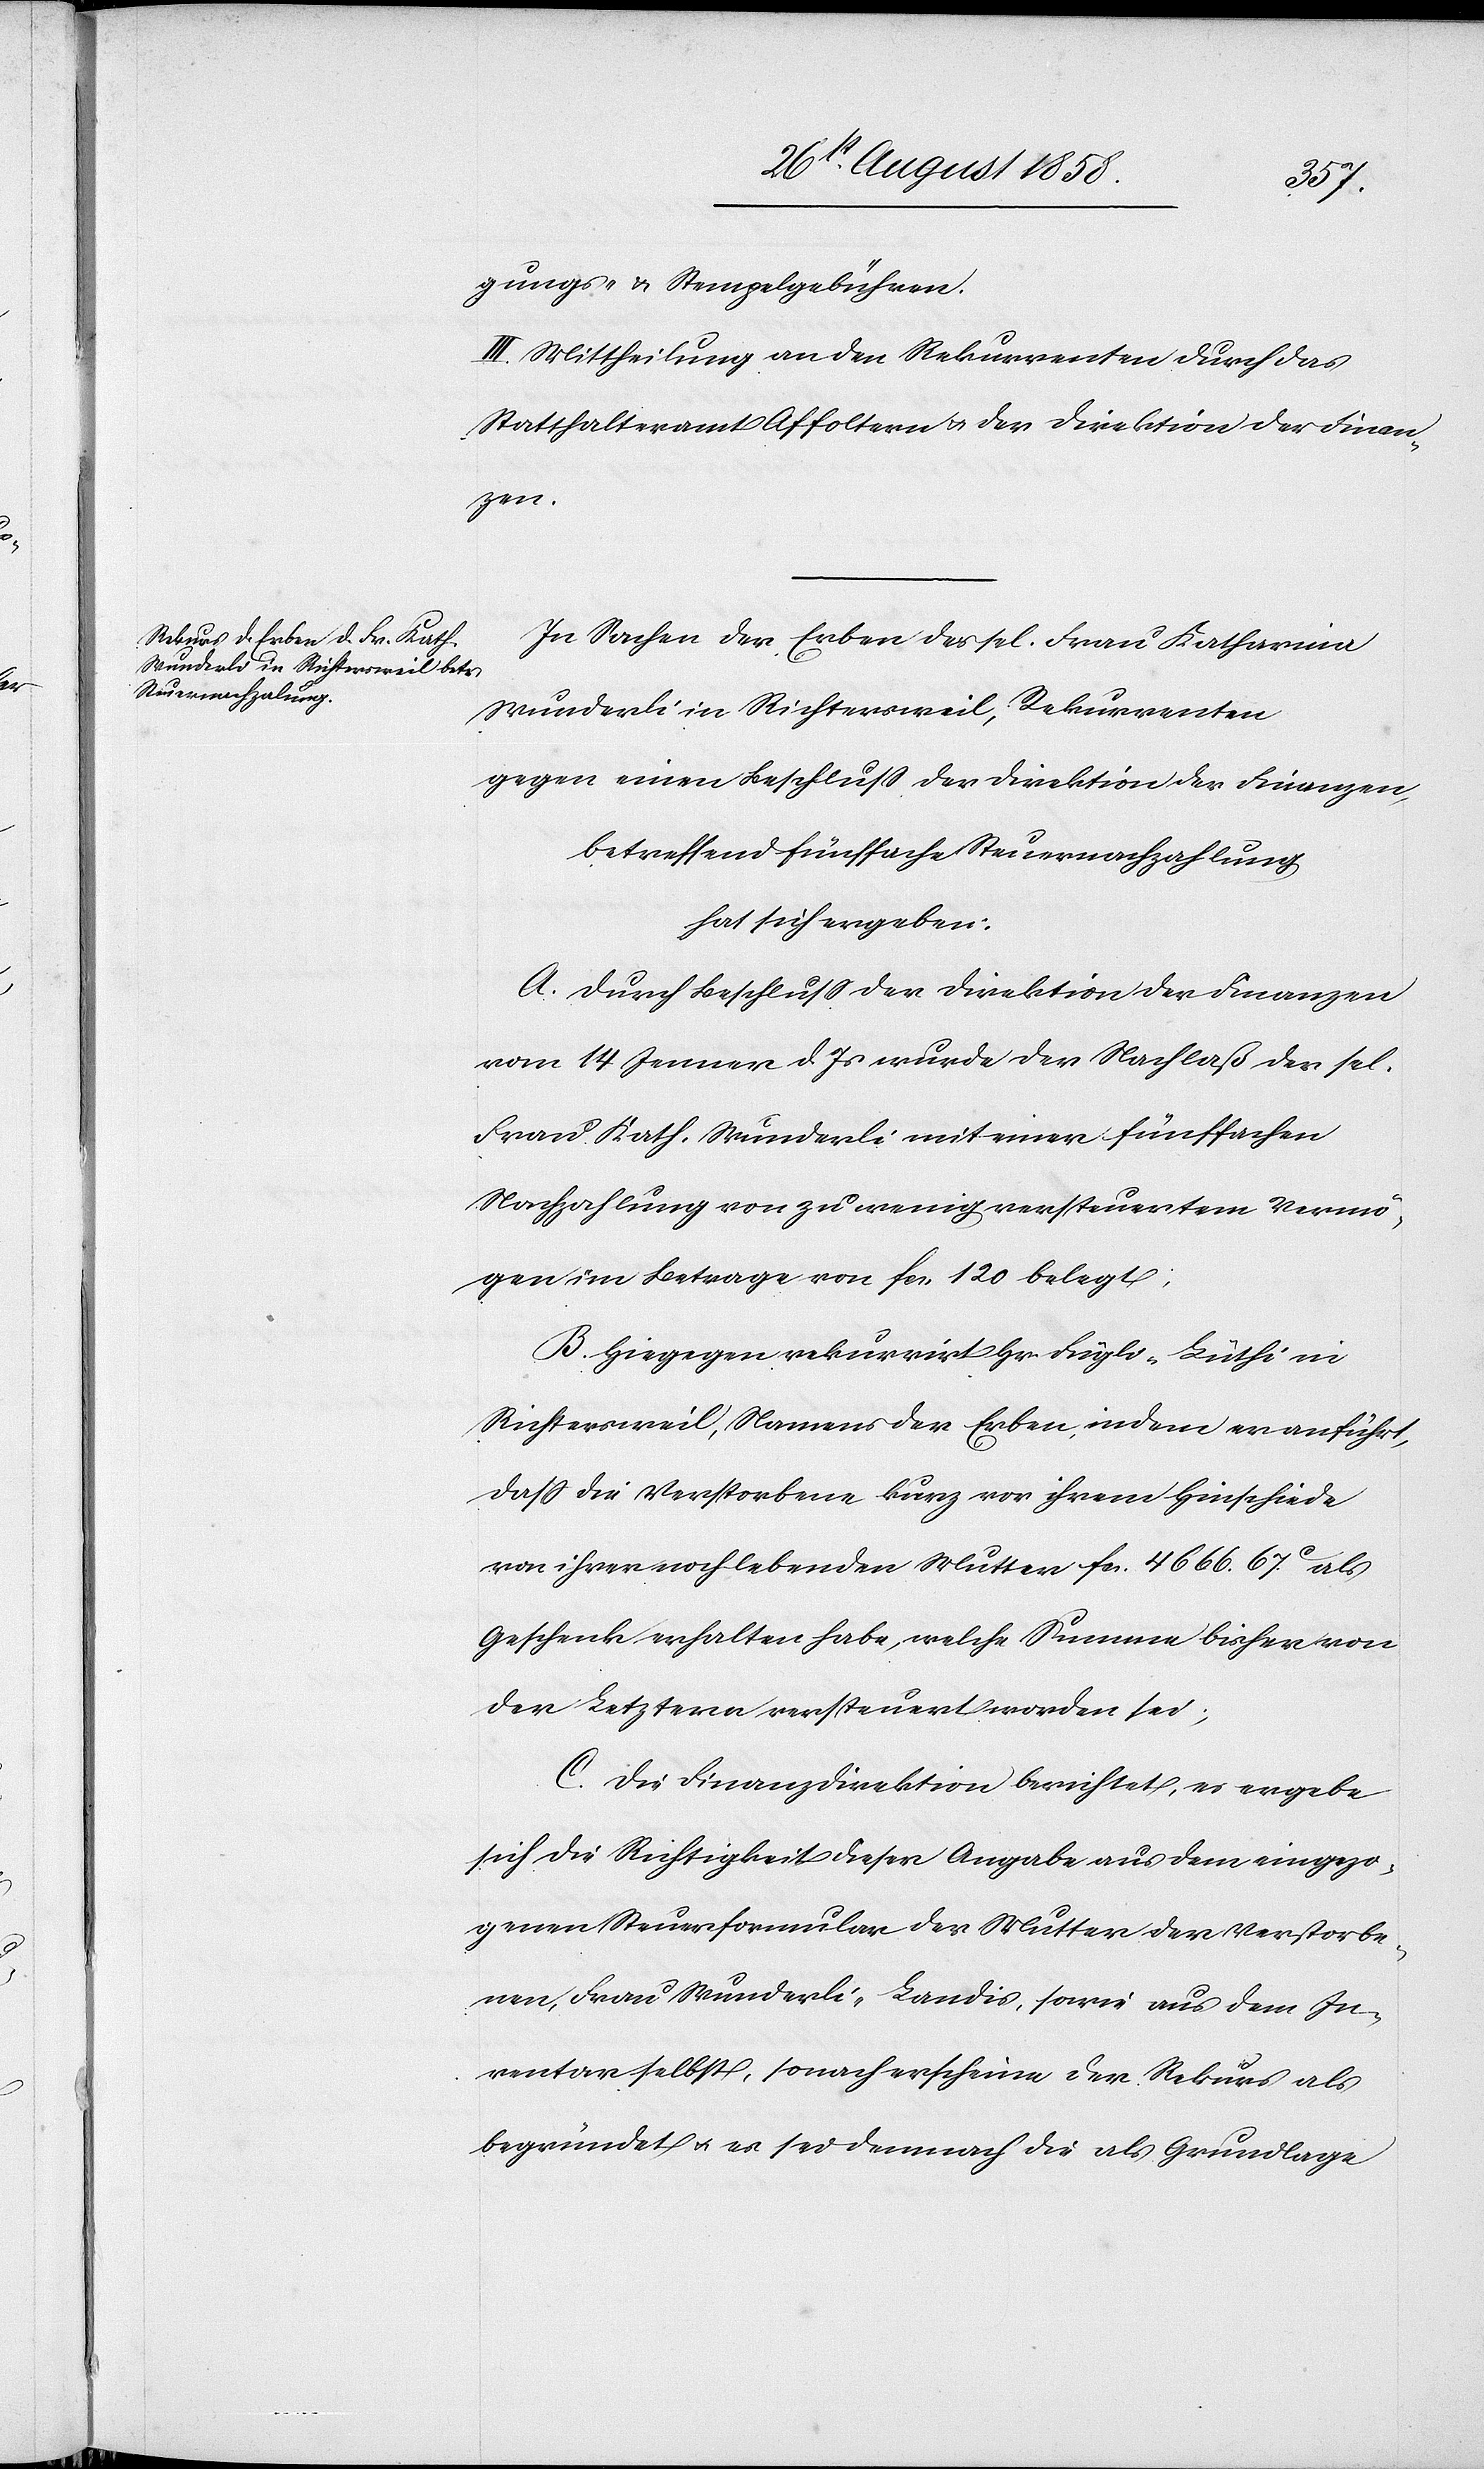
gungs- & Stempelgebühren.
III. Mittheilung an den Rekurrenten durch das
Statthalteramt Affoltern & der Direktion der Finan¬
zen.
In Sachen der Erben der sel. Frau Katharina
Wunderli in Richtersweil, Rekurrenten
gegen einen Beschluss der Direktion der Finanzen,
betreffend fünffache Steuernachzahlung
hat sich ergeben:
A. Durch Beschluss der Direktion der Finanzen
vom 14 Jenner d. Js wurde der Nachlaß der sel.
Frau Kath. Wunderli mit einer fünffachen
Nachzahlung von zu wenig versteuertem Vermö¬
gen im Betrage von fcs. 120 belegt;
B. Hiegegen rekurrirt Hr. Fügli-Lüthi in
Richtersweil, Namens der Erben, indem er anführt,
dass die Verstorbene kurz vor ihrem Hinschiede
von ihrer noch lebenden Mutter fcs. 4666. 67C. als
Geschenk erhalten habe, welche Summe bisher von
der Letztern versteuert worden sei;
C. Die Finanzdirektion berichtet, es ergebe
sich die Richtigkeit dieser Angabe aus dem eingezo¬
genen Steuerformular der Mutter der Verstorbe¬
nen, Frau Wunderli-Landis, sowie aus dem In¬
ventar selbst, sonach erscheine der Rekurs als
begründet & es sei demnach die als Grundlage